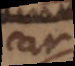
car